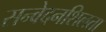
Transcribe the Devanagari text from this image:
सन्वेदनशिलता